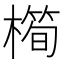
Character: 橁